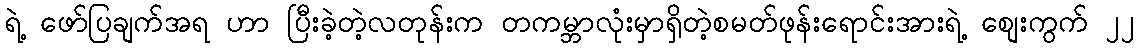
ရဲ့ ဖော်ပြချက်အရ ဟာ ပြီးခဲ့တဲ့လတုန်းက တကမ္ဘာလုံးမှာရှိတဲ့စမတ်ဖုန်းရောင်းအားရဲ့ စျေးကွက် ၂၂